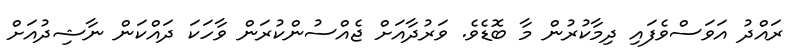
ރައްދު އަވަސްވެފައި ދިމާކުރުން މާ ބޮޑެވެ. ވަރުދާއަށް ޖެއްސުންކުރަން ވާހަކަ ދައްކަން ނާޝިދުއަށް